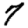
Digit: 7